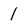
Character: 1